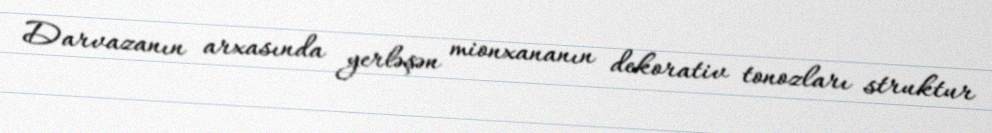
Darvazanın arxasında yerləşən mionxananın dekorativ tonozları struktur